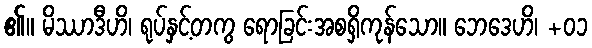
၏။ မိဿာဒီဟိ၊ ရုပ်နှင့်တကွ ရောခြင်းအစရှိကုန်သော။ ဘေဒေဟိ၊ +၀၁